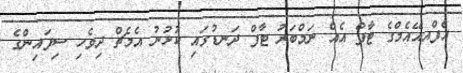
އެފްއއޭއެމްގެ ޓާފް އެއް ނަމްބަރު ޓާފް ދަނޑުގައި ކުޅުނު އެމެޗް ދިވެހި ސިފައިންގެ